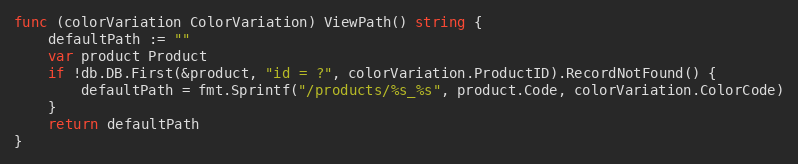
Language: Go
func (colorVariation ColorVariation) ViewPath() string {
	defaultPath := ""
	var product Product
	if !db.DB.First(&product, "id = ?", colorVariation.ProductID).RecordNotFound() {
		defaultPath = fmt.Sprintf("/products/%s_%s", product.Code, colorVariation.ColorCode)
	}
	return defaultPath
}